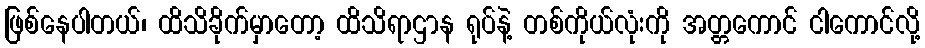
ဖြစ်နေပါတယ်၊ ထိသိခိုက်မှာတော့ ထိသိရာဌာန ရုပ်နဲ့ တစ်ကိုယ်လုံးကို အတ္တကောင် ငါကောင်လို့